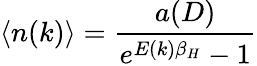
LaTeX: \langle n(k)\rangle=\frac{a(D)}{e^{E(k)\beta_{H}}-1}